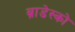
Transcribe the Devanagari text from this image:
ब्राडेस्को